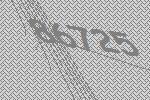
86725